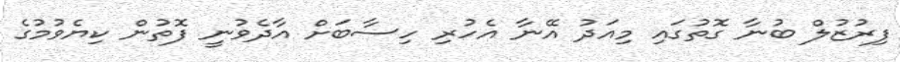
ފިރުޒުލް ބުނާ ގޮތުގައި މިއަދު އޭނާ އެހުރި ހިސާބަށް އާދެވުނީ ފޮތުން ކިޔެވުމުގެ